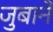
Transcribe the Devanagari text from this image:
जुबाने